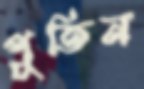
পুতিন